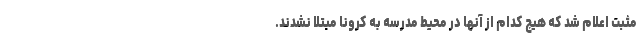
مثبت اعلام شد که هیچ کدام از آنها در محیط مدرسه به کرونا مبتلا نشدند.